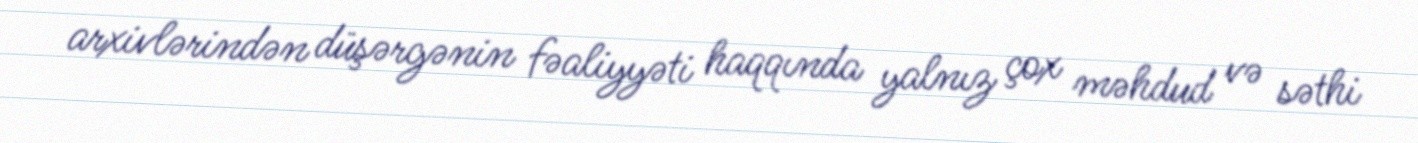
arxivlərindən düşərgənin fəaliyyəti haqqında yalnız çox məhdud və səthi